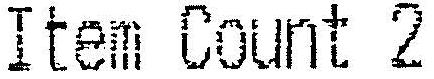
ITEM COUNT 2